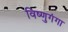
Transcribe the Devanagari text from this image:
विष्णुगंगा